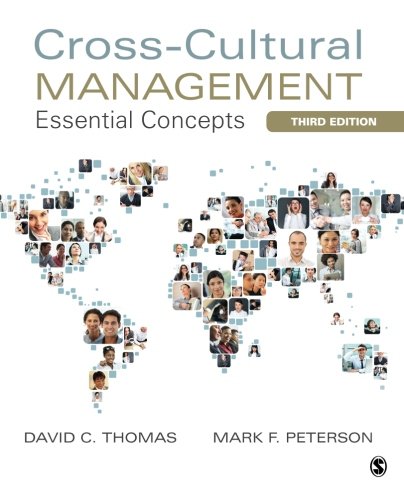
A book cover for Cross-Cultural Management: Essential Concepts; David C. Thomas; Business & Money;